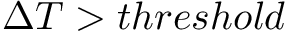
\Delta T > t h r e s h o l d